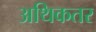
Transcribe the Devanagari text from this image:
अथिकतर